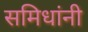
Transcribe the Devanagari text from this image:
समिधांनी